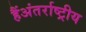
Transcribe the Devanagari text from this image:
हैंअंतर्राष्ट्रीय